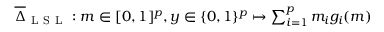
\begin{array} { r } { \overline { { \Delta } } _ { \mathrm { ~ L ~ S ~ L ~ } } : m \in [ 0 , 1 ] ^ { p } , y \in \{ 0 , 1 \} ^ { p } \mapsto \sum _ { i = 1 } ^ { p } m _ { i } g _ { i } ( m ) } \end{array}